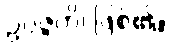
ဥပ္ပဇ္ဇတိ၊ ဖြစ်၏။